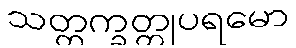
သတ္တက္ခတ္တုပရမော